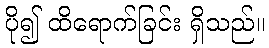
ပို၍ ထိရောက်ခြင်း ရှိသည်။